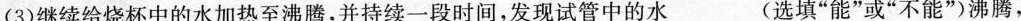
(3)继续给烧杯中的水加热至沸腾，并持续一段时间，发现试管中的水___(选填”能”或”不能”)沸腾，